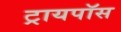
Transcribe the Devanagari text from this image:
ट्रायपॉस